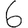
Digit: 6